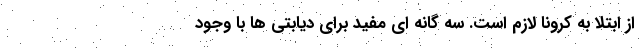
از ابتلا به کرونا لازم است. سه گانه ای مفید برای دیابتی ها با وجود